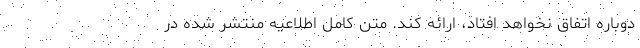
دوباره اتفاق نخواهد افتاد، ارائه کند. متن کامل اطلاعیه منتشر شده در